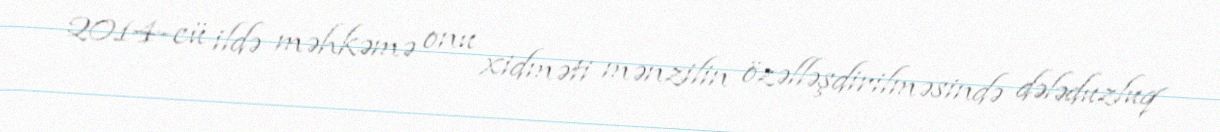
2014-cü ildə məhkəmə onu xidməti mənzilin özəlləşdirilməsində dələduzluq